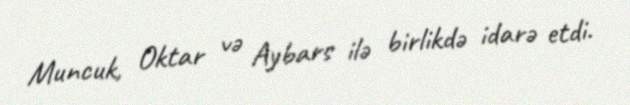
Muncuk, Oktar və Aybars ilə birlikdə idarə etdi.